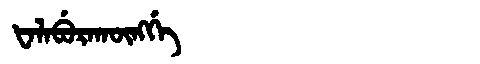
Manchu: ᡶᠠᠯᠠᠪᡠᡵᠠᡴᡡᠩᡤᡝ
Romanization: FALABURAKŪNGGE